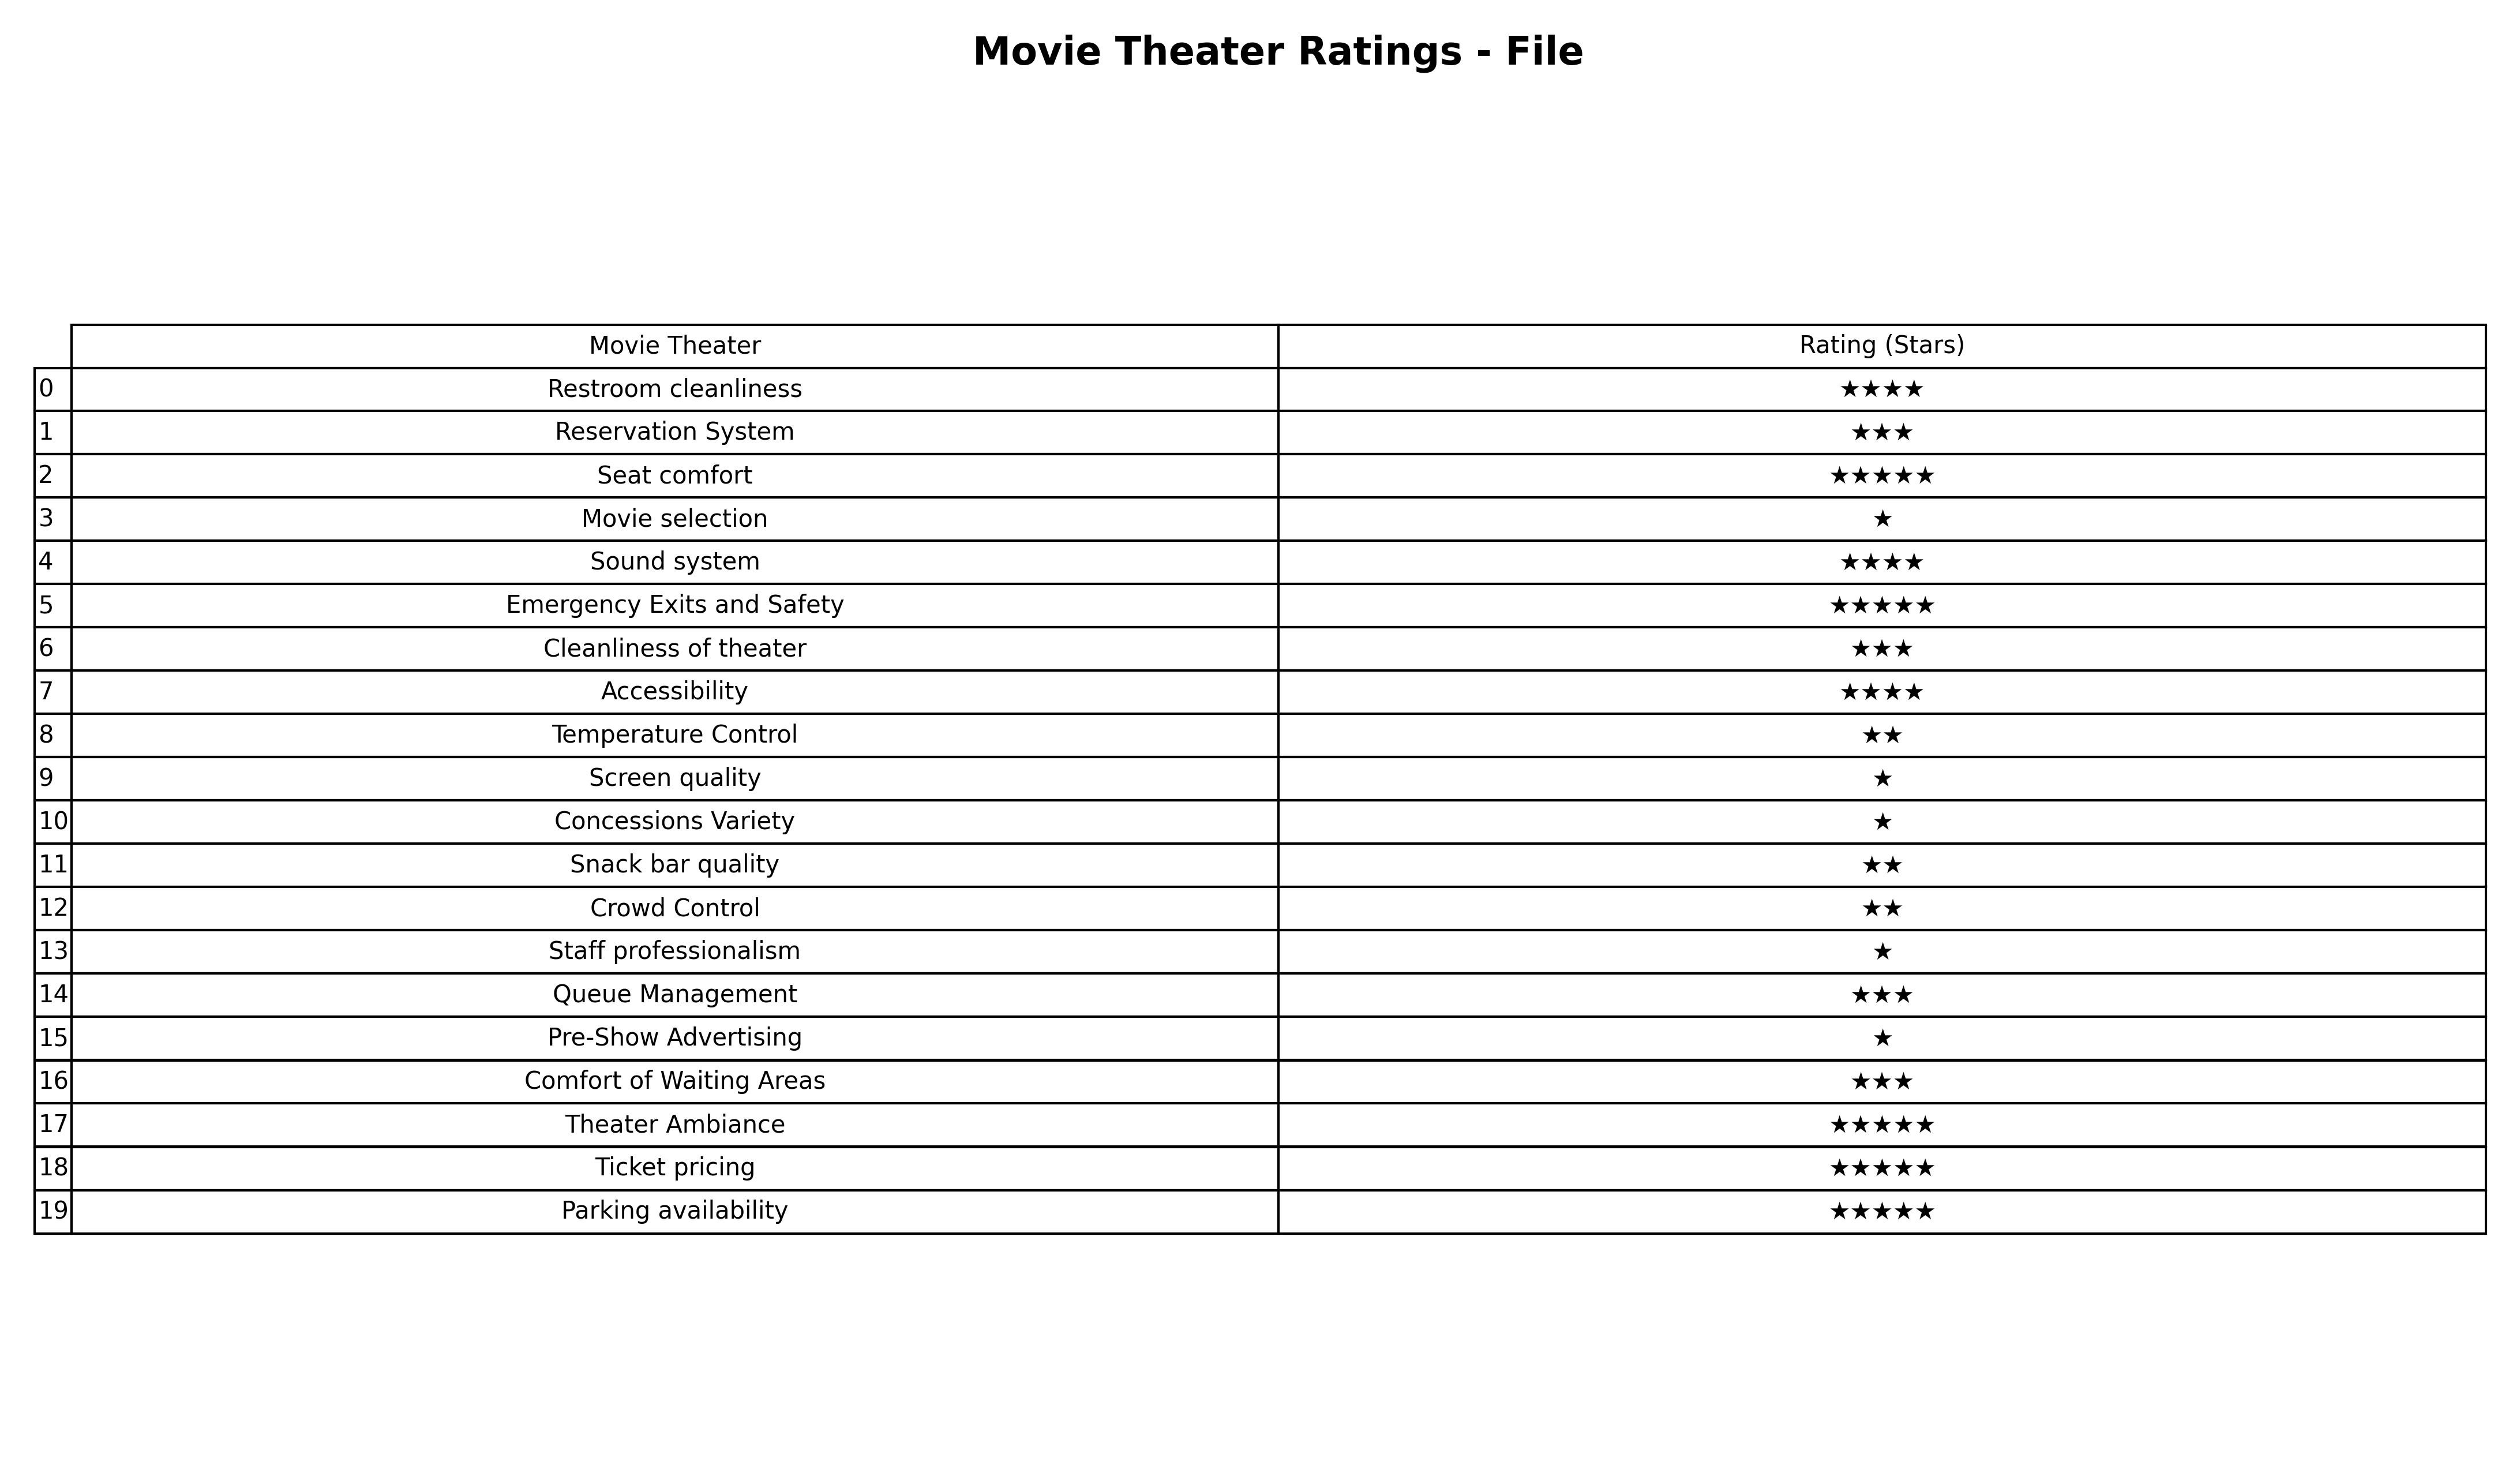
question: What is the rating of Snack bar quality?
answer: ★★